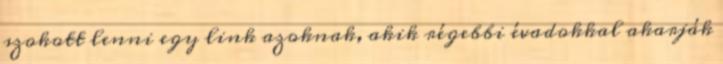
szokott lenni egy link azoknak, akik régebbi évadokkal akarják